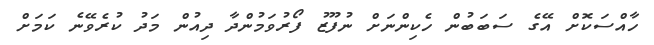
ހާއްސަކޮށް އޭގެ ސަބަބުން ހެކިންނަށް ނުފޫޒު ފޯރުވަމުންދާ ދިއުން މަދު ކުރެވޭނެ ކަމަށް